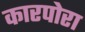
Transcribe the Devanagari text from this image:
कारपोरा